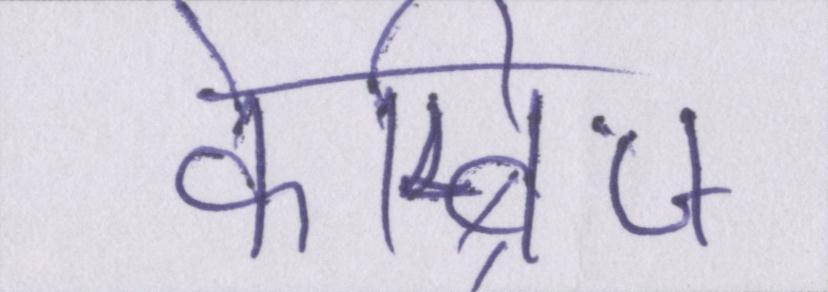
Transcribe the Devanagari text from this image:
केम्ब्रिज